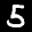
Label: 5